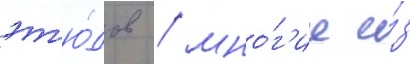
эт'ю́дов / мно́г'ие и́з